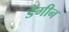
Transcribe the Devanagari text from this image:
डैंगीन